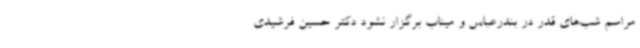
مراسم شب‌های قدر در بندرعباس و میناب برگزار نشود دکتر حسین فرشیدی